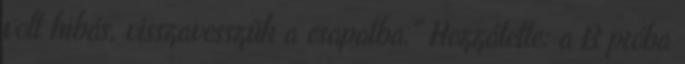
volt hibás, visszavesszük a csapatba." Hozzátette: a B próba